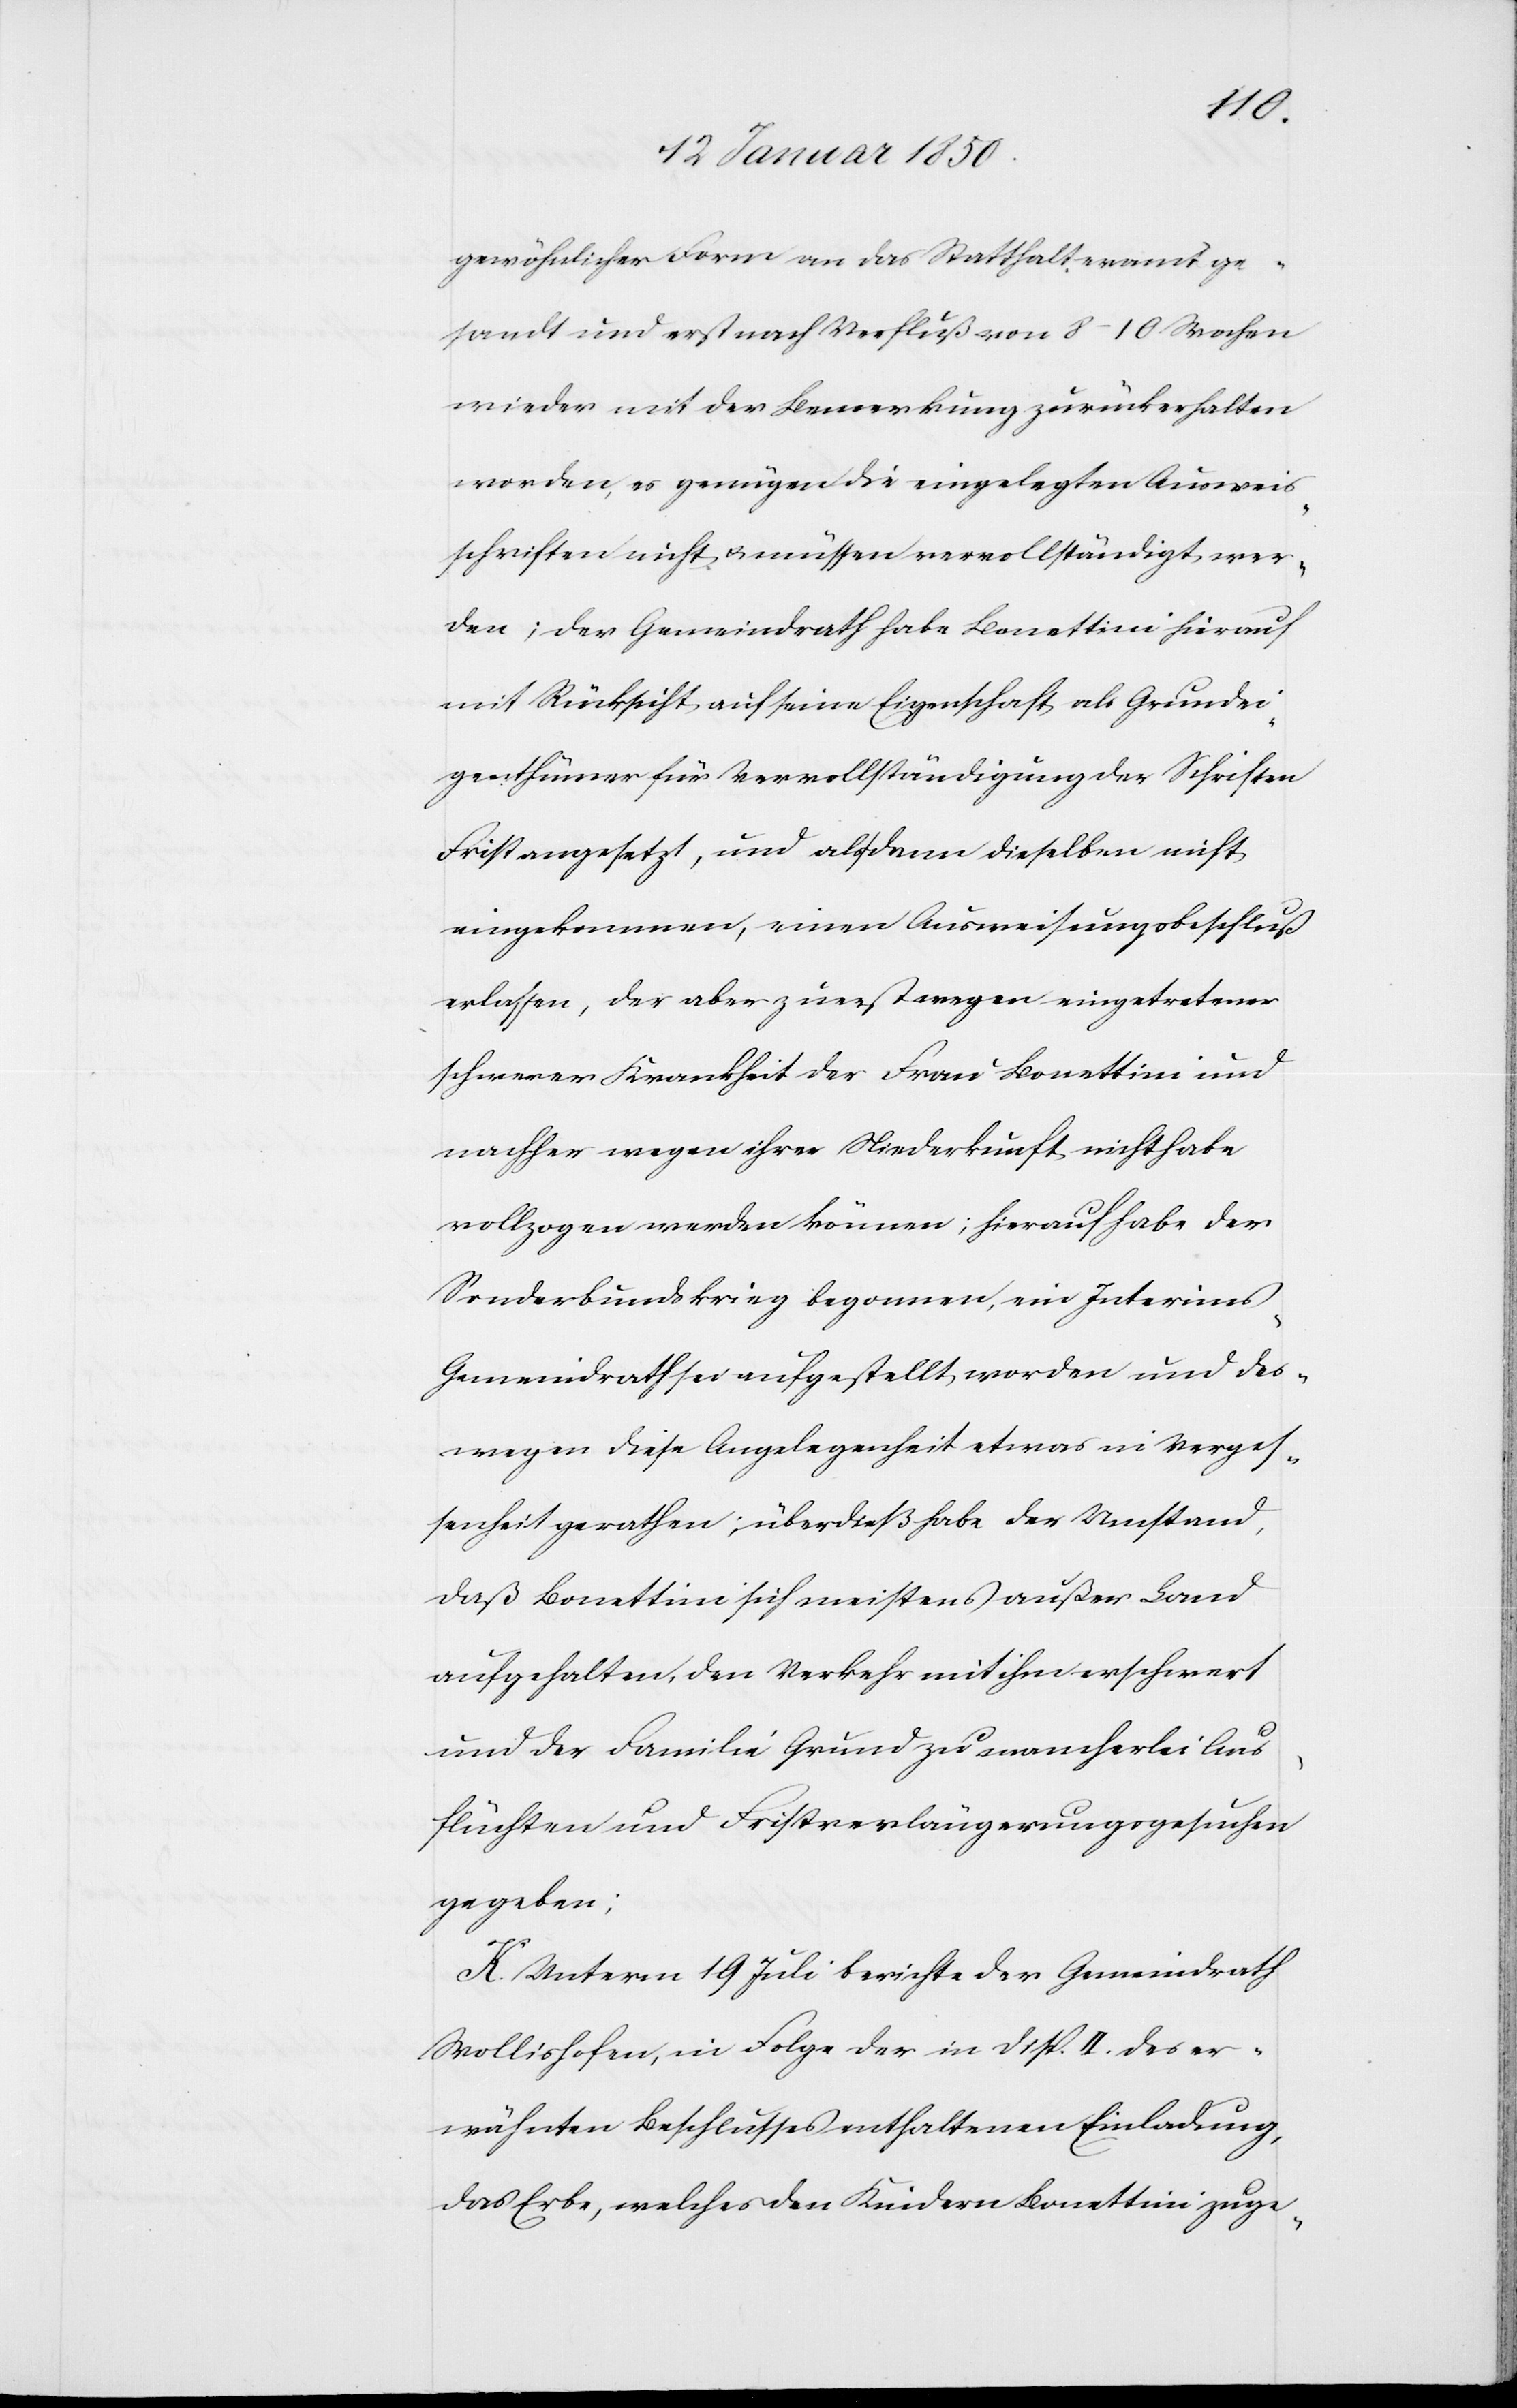
gewöhnlicher Form an das Statthalteramt ge¬
sandt und erst nach Verfluß von 8–10 Wochen
wieder mit der Bemerkung zurückerhalten
worden, es genügen die eingelegten Ausweis¬
schriften nicht u. müssen vervollständigt wer¬
den; der Gemeindrath habe Bonettini hierauf
mit Rücksicht auf seine Eigenschaft als Grundei¬
genthümer für Vervollständigung der Schriften
Frist angesetzt, und als dann dieselben nicht
eingekommen, einen Ausweisungsbeschluß
erlassen, der aber zuerst wegen eingetretener
schwerer Krankheit der Frau Bonettini und
nachher wegen ihrer Niederkunft nicht habe
vollzogen werden können; hierauf habe der
Sonderbundskrieg begonnen, ein Interim¬
s-Gemeindrath sei aufgestellt worden und des¬
wegen diese Angelegenheit etwas in Verges¬
senheit gerathen; überdieß habe der Umstand,
daß Bonettini sich meistens außer Land
aufgehalten, den Verkehr mit ihm erschwert
und der Familie Grund zu mancherlei Aus¬
flüchten und Fristverlängerungsgesuchen
gegeben;
K. Unterm 19 Juli berichte der Gemeindrath
Wollishofen, in Folge der in Disp. II. des er¬
wähnten Beschlusses enthaltenen Einladung,
das Erbe, welches den Kindern Bonettini zuge-